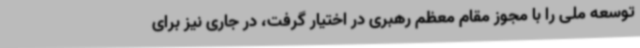
توسعه ملی را با مجوز مقام معظم رهبری در اختیار گرفت، در جاری نیز برای